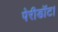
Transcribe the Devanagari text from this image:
पेरीडॉट।